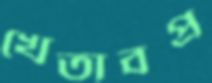
খেতাবপ্র